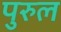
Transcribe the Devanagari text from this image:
पुरुल